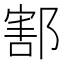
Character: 𨝃